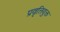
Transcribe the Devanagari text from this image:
प्रवृत्तियुक्त